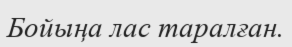
Бойыңа лас таралған.